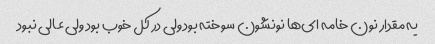
یه مقدار نون خامه ای‌ها نونشون سوخته بود ولی در کل خوب بود ولی عالی نبود